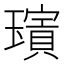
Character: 𱯱